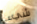
شيء